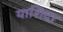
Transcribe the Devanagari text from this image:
याशिदा